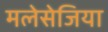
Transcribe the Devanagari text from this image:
मलेसेजिया